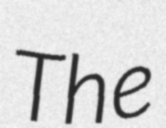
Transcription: The